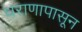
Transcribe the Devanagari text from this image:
धराणापासून